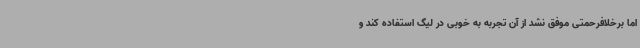
اما برخلافرحمتی موفق نشد از آن تجربه به خوبی در لیگ استفاده کند و